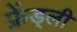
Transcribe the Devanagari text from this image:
फ्रेंड्ली